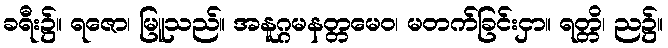
ခရီး၌။ ရဇော၊ မြူသည်။ အနူဂ္ဂမနတ္တမေဝ၊ မတက်ခြင်းငှာ။ ရတ္တိ၊ ည၌။